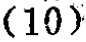
\((10)\)